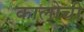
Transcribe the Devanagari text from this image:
कालोची